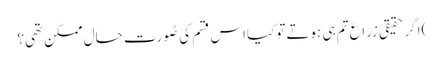
)اگر حقیقی زراع تم ہی ہوتے توکیااس قسم کی صُورت حال ممکن تھی؟